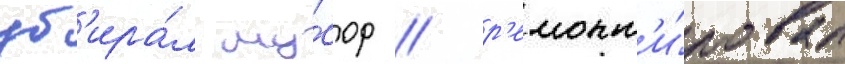
уб'ира́л му́сор / р'емонт'и́ровал